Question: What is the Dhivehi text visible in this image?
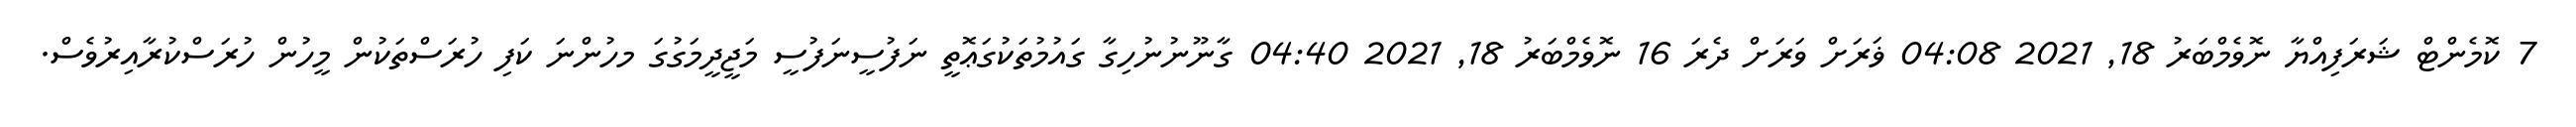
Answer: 7 ކޮމެންޓް ޝަރަފިއްޔާ ނޮވެމްބަރު 18, 2021 04:08 ޥަރަށް ވަރަށް ދެރަ 16 ނޮވެމްބަރު 18, 2021 04:40 ގާނޫނުނުހިގާ ގައުމުތަކުގަޢޮތީ ނަފުސީނަފުސީ މަޖީދީމަގުގަ މހުންނަ ކަފި ހުރަސްތަކުން މީހުން ހުރަސްކުރާއިރުވެސް.